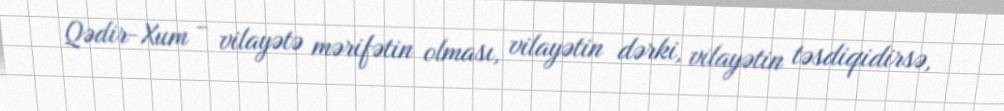
Qədir-Xum - vilayətə mərifətin olması, vilayətin dərki, vilayətin təsdiqidirsə,